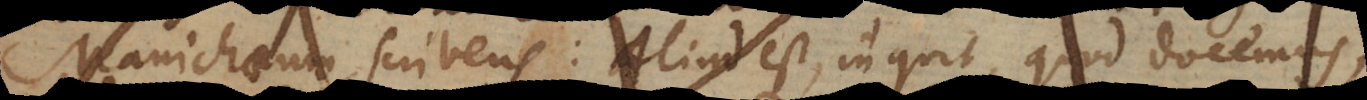
Manichaeum scribens: Aliud est, inquit, quod docemus,